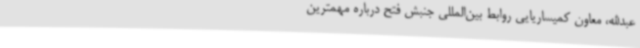
عبدالله، معاون کمیساریایی روابط بین‌المللی جنبش فتح درباره مهمترین